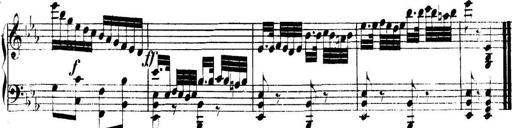
Title: Collected Piano Sonatas
Composer: Muzio Clementi